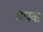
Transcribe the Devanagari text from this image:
थपक